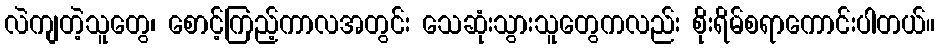
လဲကျတဲ့သူတွေ၊ စောင့်ကြည့်ကာလအတွင်း သေဆုံးသွားသူတွေကလည်း စိုးရိမ်စရာကောင်းပါတယ်။